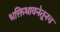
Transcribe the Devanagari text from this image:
भक्तिभावनेतूनच